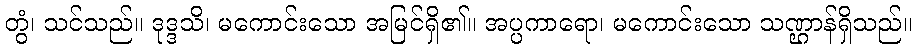
တွံ၊ သင်သည်။ ဒုဒ္ဒသိ၊ မကောင်းသော အမြင်ရှိ၏။ အပ္ပကာရော၊ မကောင်းသော သဏ္ဌာန်ရှိသည်။